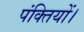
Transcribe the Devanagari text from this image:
पंक्तियों।